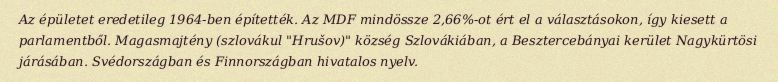
Az épületet eredetileg 1964-ben építették. Az MDF mindössze 2,66%-ot ért el a választásokon, így kiesett a parlamentből. Magasmajtény (szlovákul "Hrušov)" község Szlovákiában, a Besztercebányai kerület Nagykürtösi járásában. Svédországban és Finnországban hivatalos nyelv.